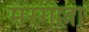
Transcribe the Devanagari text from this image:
मरगल्ला